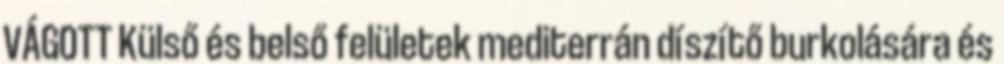
VÁGOTT Külső és belső felületek mediterrán díszítő burkolására és